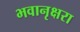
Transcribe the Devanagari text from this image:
भवानृक्षरा